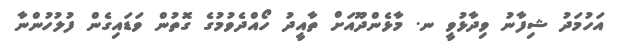
އަހުމަދު ޝިފާނު ވިދާޅުވީ ނ. މާޅެންދޫއަށް ތާއީދު ހޯއްދެވުމުގެ ގޮތުން ވަޑައިގެން ފުލުހުންނާ